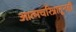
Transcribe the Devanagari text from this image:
आत्मचरित्रातूनही